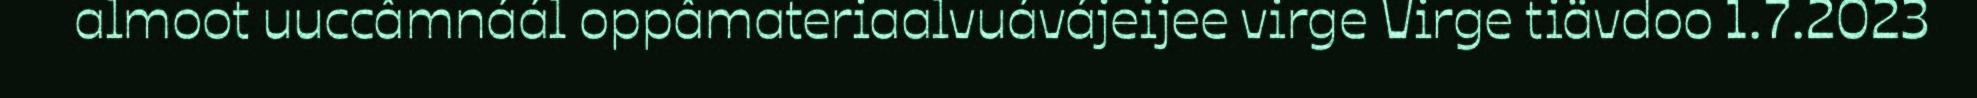
almoot uuccâmnáál oppâmateriaalvuávájeijee virge Virge tiävdoo 1.7.2023